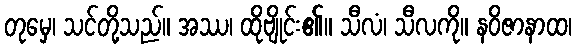
တုမှေ၊ သင်တို့သည်။ အဿ၊ ထိုဗျိုင်း၏။ သီလံ၊ သီလကို။ နဝိဇာနာထ၊